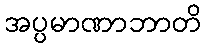
အပ္ပမာဏာဘာတိ